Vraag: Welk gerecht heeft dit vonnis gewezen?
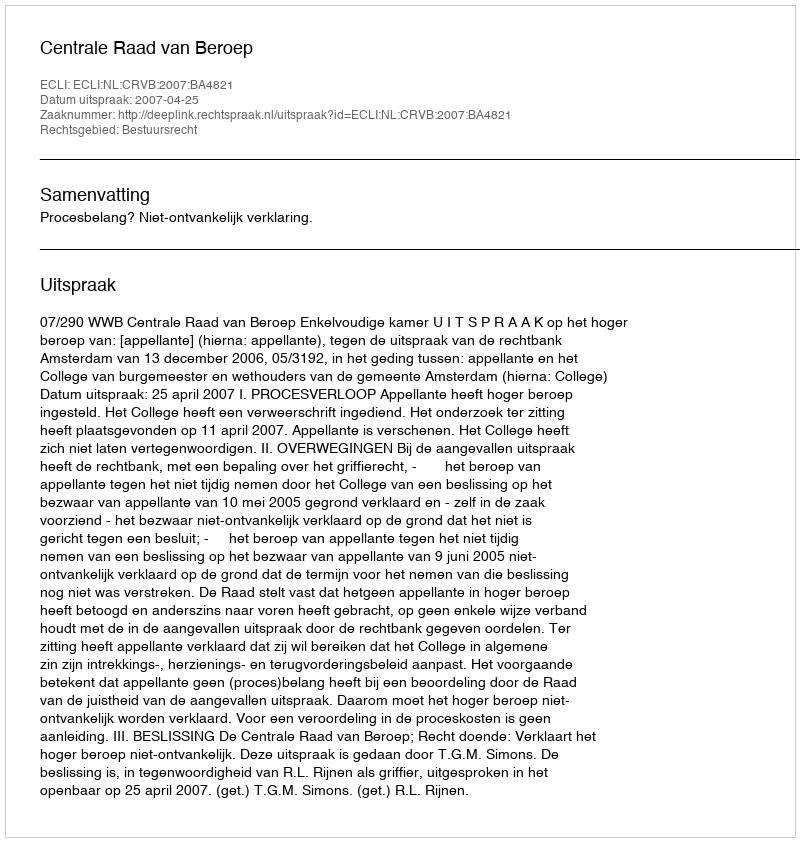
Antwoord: Centrale Raad van Beroep